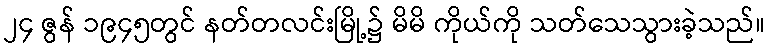
၂၄ ဇွန် ၁၉၄၅တွင် နတ်တလင်းမြို့၌ မိမိ ကိုယ်ကို သတ်သေသွားခဲ့သည်။